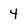
Character: 4